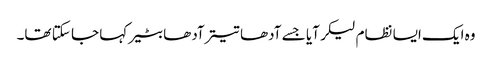
وہ ایک ایسا نظام لیکر آیا جسے آدھا تیتر آدھا بٹیر کہا جا سکتا تھا۔